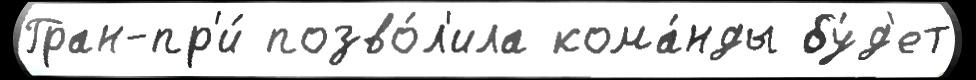
Гран-пр'и́ позво́л'ила кома́нды бу́д'ет